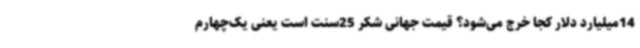
14میلیارد دلار کجا خرج می‌شود؟ قیمت جهانی شکر 25سنت است یعنی یک‌چهارم